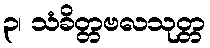
၃၊ သံခိတ္တဗလသုတ္တ